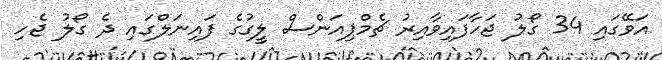
އަވޭގައި 34 ގޯލު ޖަހާފައިވާއިރު ޗެމްޕިއަންސް ލީގުގެ ފައިނަލްގައި ދެ ގޯލު ޖެހި